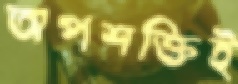
অপশক্তিই